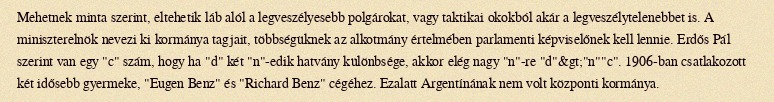
Mehetnek minta szerint, eltehetik láb alól a legveszélyesebb polgárokat, vagy taktikai okokból akár a legveszélytelenebbet is. A miniszterelnök nevezi ki kormánya tagjait, többségüknek az alkotmány értelmében parlamenti képviselőnek kell lennie. Erdős Pál szerint van egy "c" szám, hogy ha "d" két "n"-edik hatvány különbsége, akkor elég nagy "n"-re "d"&gt;"n""c". 1906-ban csatlakozott két idősebb gyermeke, "Eugen Benz" és "Richard Benz" cégéhez. Ezalatt Argentínának nem volt központi kormánya.